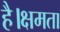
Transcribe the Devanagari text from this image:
है।क्षमता